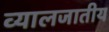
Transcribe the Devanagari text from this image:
व्यालजातीय